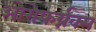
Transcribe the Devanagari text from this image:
ओरोफर्य्नक्स